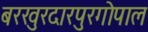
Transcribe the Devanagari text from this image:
बरखुरदारपुरगोपाल